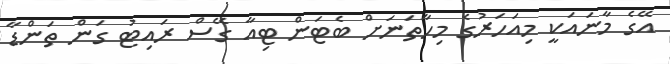
އޭގެ މާނައަކީ މިއަހަރުގެ މިހާތަނަށް ބެޓަން ޓިއާ ގޭސް ރައިޓު ގަން ތަންޑާ